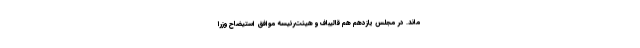
ماند. در‌ مجلس یازدهم هم قالیباف و هیئت‌رئیسه موافق استیضاح وزرا